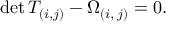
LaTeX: \mathrm { d e t } \, T _ { ( i , j ) } - \Omega _ { ( i , \, j ) } = 0 .